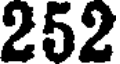
252